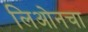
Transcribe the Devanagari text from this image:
लिओनचा